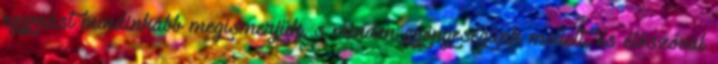
egymást mindinkább megismerjük, s minden gyöngeségünk mellett, és élőszóval